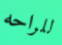
للراحه